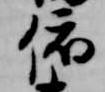
依